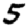
Digit: 5